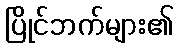
ပြိုင်ဘက်များ၏